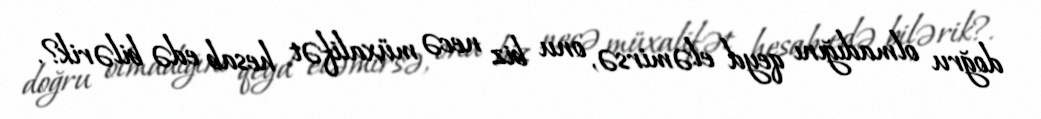
doğru olmadığını qeyd eləmirsə, onu biz necə müxalifət hesab edə bilərik?.